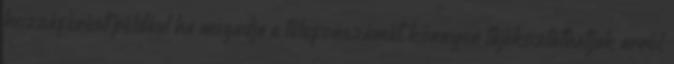
hozzáférést például ha megadja a telefonszámát, könnyen tájékoztathatjuk arról,